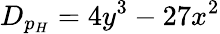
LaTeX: D_{p_{H}}=4y^{3}-27x^{2}